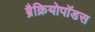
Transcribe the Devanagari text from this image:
ब्रैक्रियोपॉडस